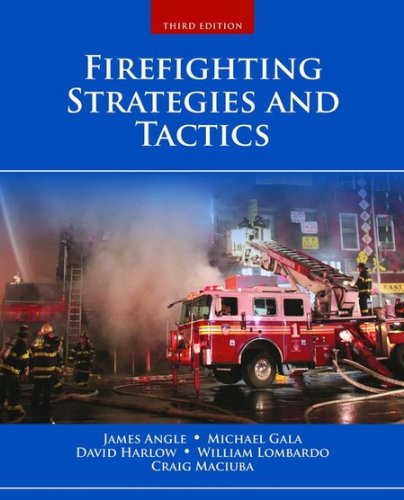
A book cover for Firefighting Strategies And Tactics; James S. Angle; Medical Books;